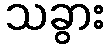
သခွား